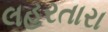
લહરતારા